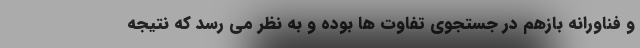
و فناورانه بازهم در جستجوی تفاوت ها بوده و به نظر می رسد که نتیجه